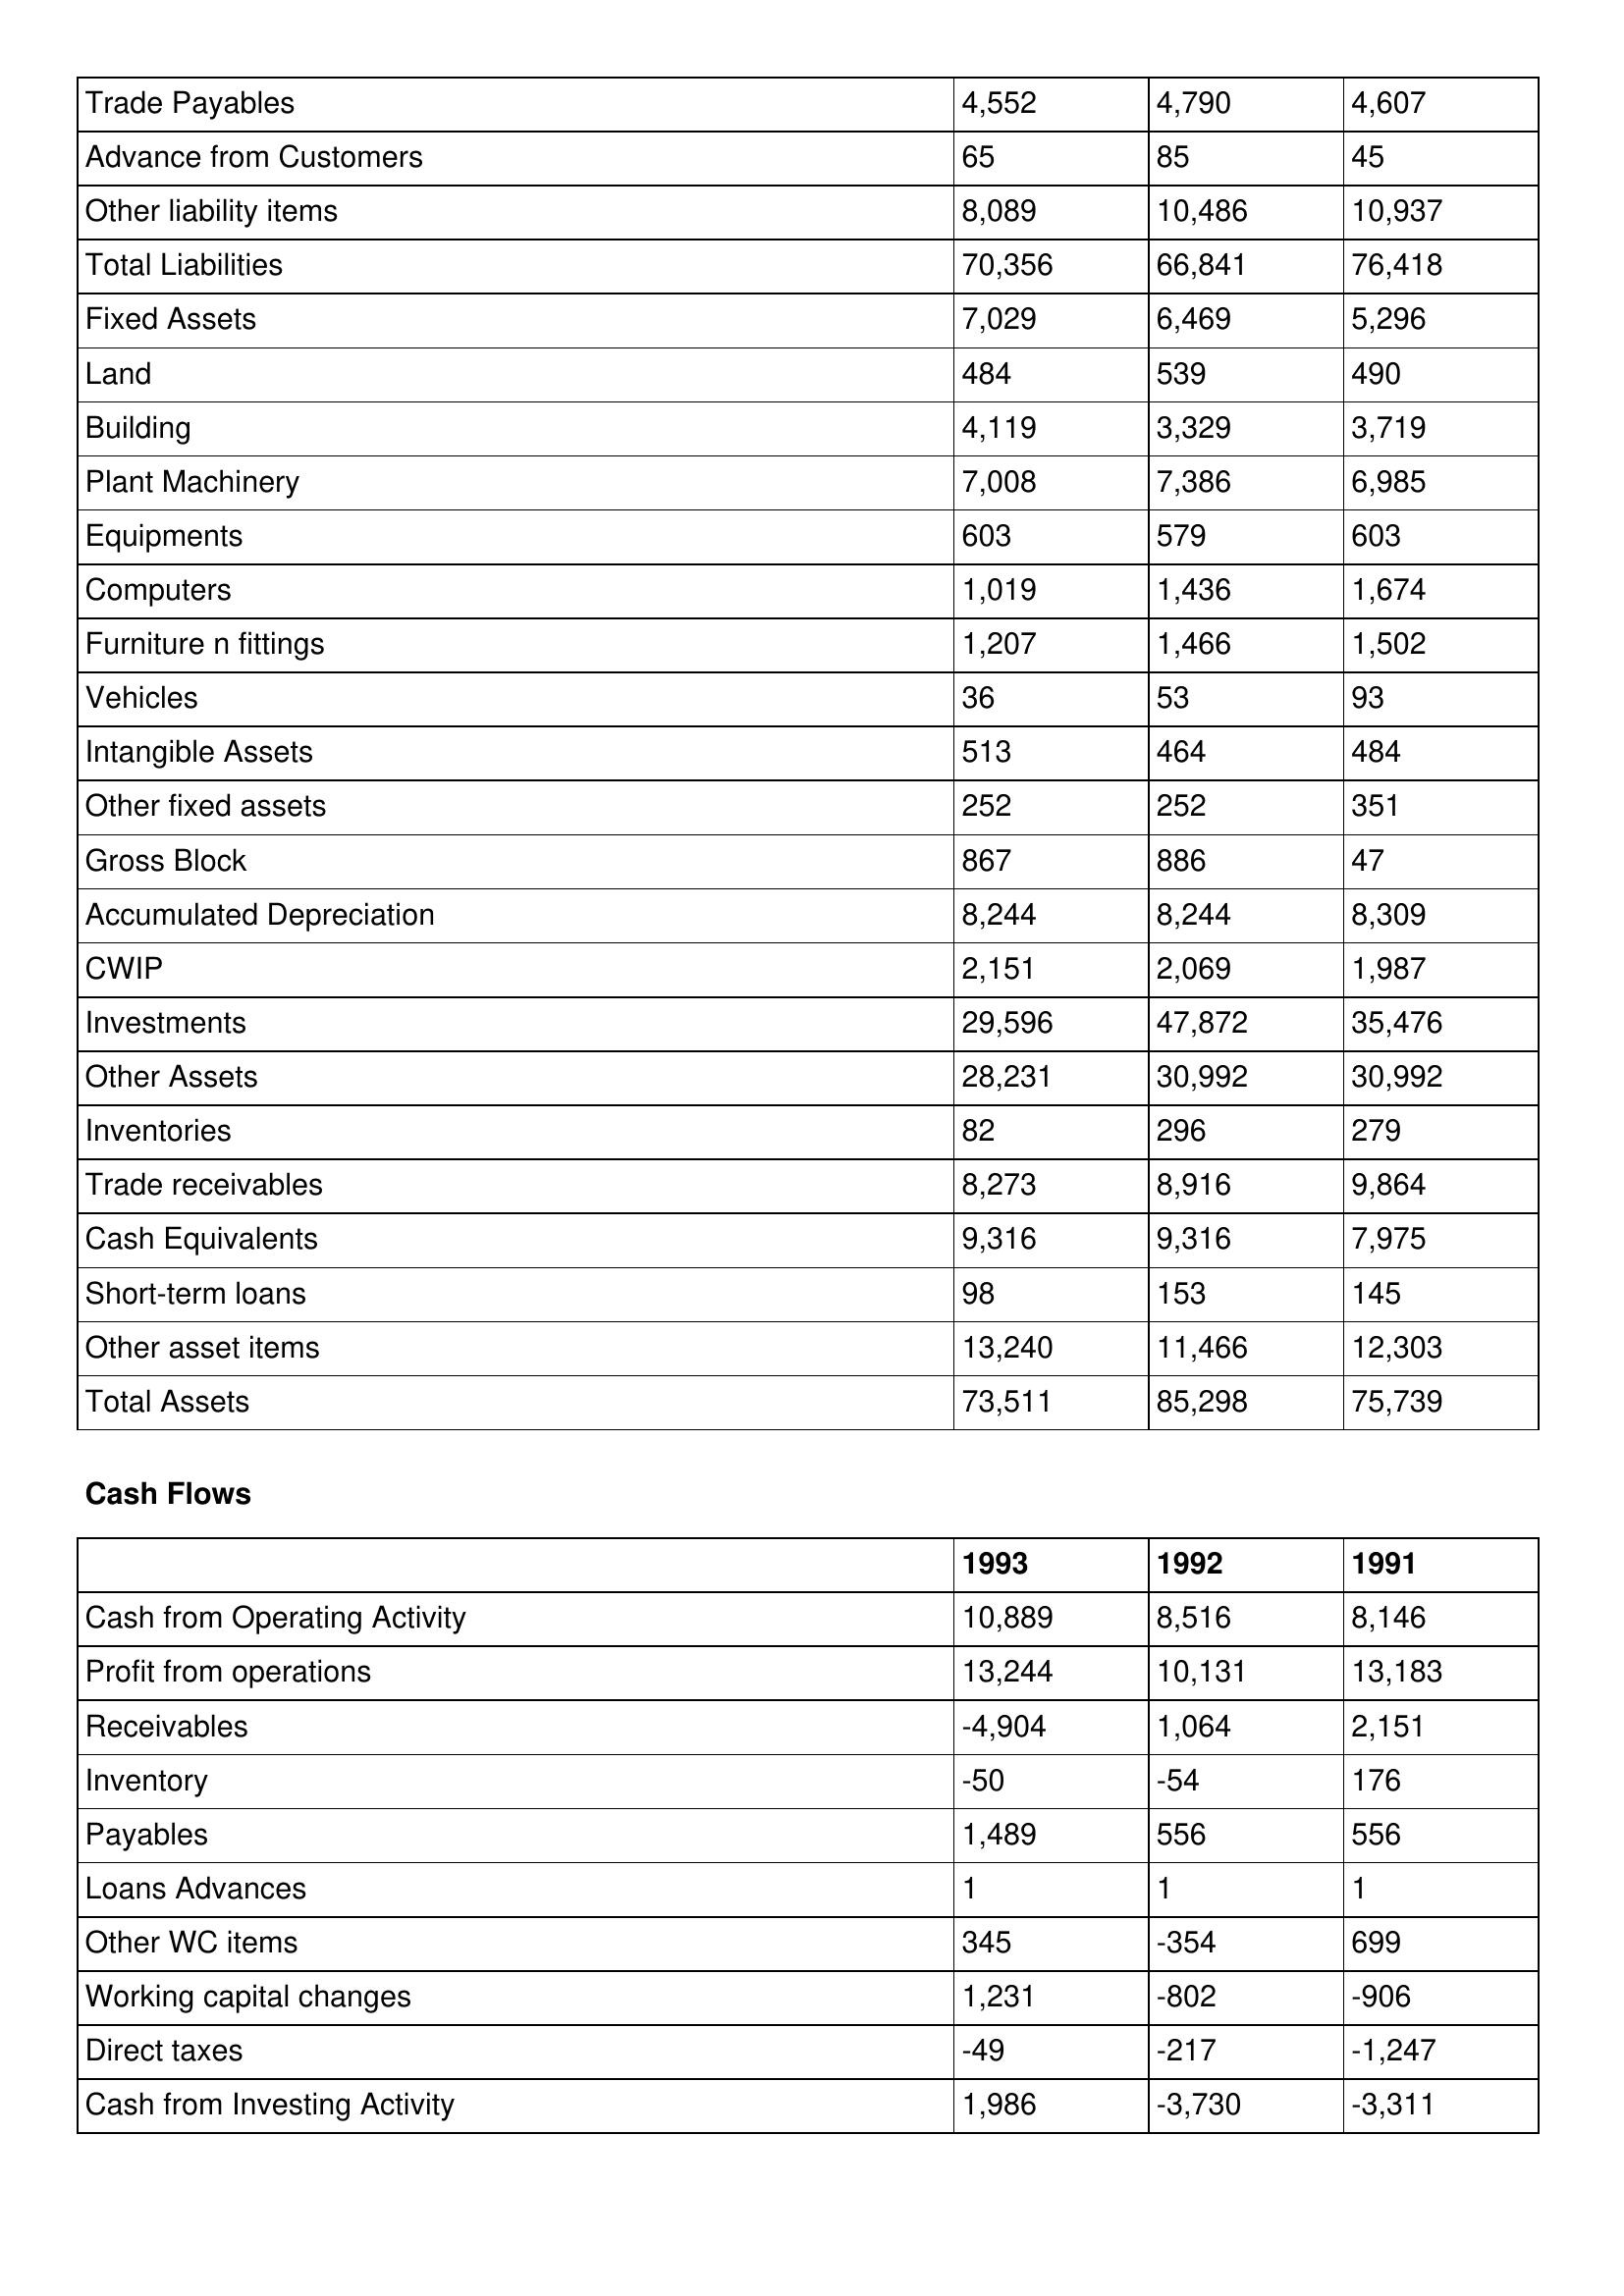
gt_parse: 1993: Balance Sheet: Trade Payables: 4,552
Advance from Customers: 65
Other liability items: 8,089
Total Liabilities: 70,356
Fixed Assets: 7,029
Land: 484
Building: 4,119
Plant Machinery: 7,008
Equipments: 603
Computers: 1,019
Furniture n fittings: 1,207
Vehicles: 36
Intangible Assets: 513
Other fixed assets: 252
Gross Block: 867
Accumulated Depreciation: 8,244
CWIP: 2,151
Investments: 29,596
Other Assets: 28,231
Inventories: 82
Trade receivables: 8,273
Cash Equivalents: 9,316
Short-term loans: 98
Other asset items: 13,240
Total Assets: 73,511
Cash Flows: Cash from Operating Activity: 10,889
Profit from operations: 13,244
Receivables: -4,904
Inventory: -50
Payables: 1,489
Loans Advances: 1
Other WC items: 345
Working capital changes: 1,231
Direct taxes: -49
Cash from Investing Activity: 1,986
1992: Balance Sheet: Trade Payables: 4,790
Advance from Customers: 85
Other liability items: 10,486
Total Liabilities: 66,841
Fixed Assets: 6,469
Land: 539
Building: 3,329
Plant Machinery: 7,386
Equipments: 579
Computers: 1,436
Furniture n fittings: 1,466
Vehicles: 53
Intangible Assets: 464
Other fixed assets: 252
Gross Block: 886
Accumulated Depreciation: 8,244
CWIP: 2,069
Investments: 47,872
Other Assets: 30,992
Inventories: 296
Trade receivables: 8,916
Cash Equivalents: 9,316
Short-term loans: 153
Other asset items: 11,466
Total Assets: 85,298
Cash Flows: Cash from Operating Activity: 8,516
Profit from operations: 10,131
Receivables: 1,064
Inventory: -54
Payables: 556
Loans Advances: 1
Other WC items: -354
Working capital changes: -802
Direct taxes: -217
Cash from Investing Activity: -3,730
1991: Balance Sheet: Trade Payables: 4,607
Advance from Customers: 45
Other liability items: 10,937
Total Liabilities: 76,418
Fixed Assets: 5,296
Land: 490
Building: 3,719
Plant Machinery: 6,985
Equipments: 603
Computers: 1,674
Furniture n fittings: 1,502
Vehicles: 93
Intangible Assets: 484
Other fixed assets: 351
Gross Block: 47
Accumulated Depreciation: 8,309
CWIP: 1,987
Investments: 35,476
Other Assets: 30,992
Inventories: 279
Trade receivables: 9,864
Cash Equivalents: 7,975
Short-term loans: 145
Other asset items: 12,303
Total Assets: 75,739
Cash Flows: Cash from Operating Activity: 8,146
Profit from operations: 13,183
Receivables: 2,151
Inventory: 176
Payables: 556
Loans Advances: 1
Other WC items: 699
Working capital changes: -906
Direct taxes: -1,247
Cash from Investing Activity: -3,311